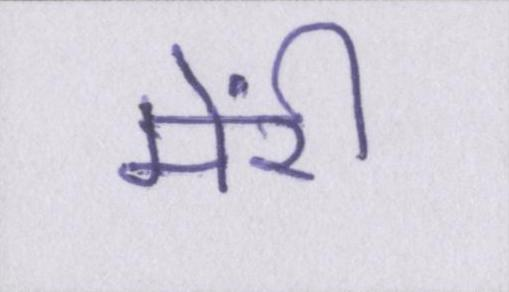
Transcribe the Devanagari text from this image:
मेंरी